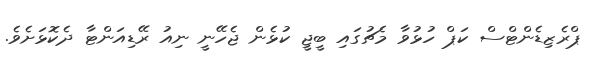
ޕްރެޒިޑެންޓްސް ކަޕް ހުޅުވާ މެޗުގައި ބީޖީ ކުޅެން ޖެހޭނީ ނިއު ރޭޑިއަންޓާ ދެކޮޅަށެވެ.